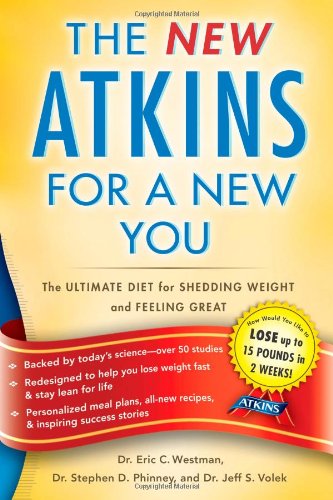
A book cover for New Atkins for a New You: The Ultimate Diet for Shedding Weight and Feeling Great.; Eric C. Westman; Cookbooks, Food & Wine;